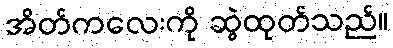
အိတ်ကလေးကို ဆွဲထုတ်သည်။